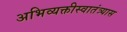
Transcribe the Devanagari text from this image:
अभिव्यक्तीस्वातंत्र्यास